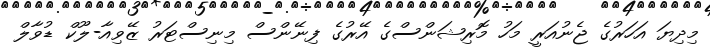
މިދިޔަ އަހަރުގެ ޖެނުއަރީ މަހު މޮރިޝަންސްގެ އޭރުގެ ފިނޭންސް މިނިސްޓަރު ޒޭވިއާ-ލޫކް ޑުވާލް